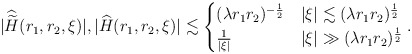
\begin{align*}|\widehat{\widetilde{H}}(r_1,r_2,\xi)|, |\widehat{H}(r_1,r_2,\xi) | \lesssim\begin{cases} (\lambda r_1 r_2)^{-\frac 12} & |\xi| \lesssim ( \lambda r_1 r_2)^{\frac{1}{2}} \\\frac{1}{|\xi|} & |\xi| \gg ( \lambda r_1 r_2 )^{\frac{1}{2}}\end{cases}.\end{align*}